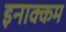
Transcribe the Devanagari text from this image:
इनाक्कम